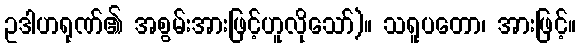
ဥဒါဟရုဏ်၏ အစွမ်းအားဖြင့်ဟူလိုသော်)။ သရူပတော၊ အားဖြင့်။